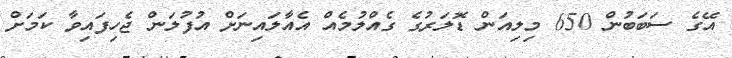
އޭގެ ސަބަބުން 650 މިލިއަން ޑޮލަރުގެ ގެއްލުމެއް އެއާލައިނަށް އުފުލަން ޖެހިފައިވާ ކަމަށް